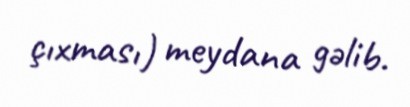
çıxması) meydana gəlib.